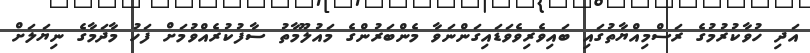
އަދި ހުވާކުރުމުގެ ރަސްމިއްޔާތުގައި ބައިވެރިވެވަޑައިގަންނަވާ މެންބަރުންގެ މައުލޫމާތު ސާފުކުރެއްވުމަށް ފަހު މާދަމާގެ ނިޔަލަށް